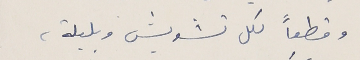
وقطعاً لكل تشويش وبلبلة،